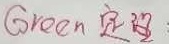
Green 定理：